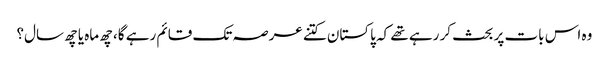
وہ اس بات پر بحث کر رہے تھے کہ پاکستان کتنے عرصہ تک قائم رہے گا، چھ ماہ یا چھ سال؟